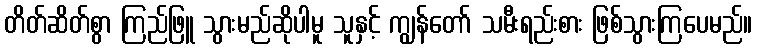
တိတ်ဆိတ်စွာ ကြည်ဖြူ သွားမည်ဆိုပါမူ သူနှင့် ကျွန်တော် သမီးရည်းစား ဖြစ်သွားကြပေမည်။